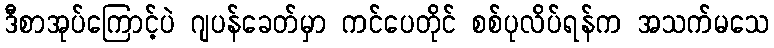
ဒီစာအုပ်ကြောင့်ပဲ ဂျပန်ခေတ်မှာ ကင်ပေတိုင် စစ်ပုလိပ်ရန်က အသက်မသေ